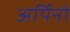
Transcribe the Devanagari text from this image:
अर्पिनो